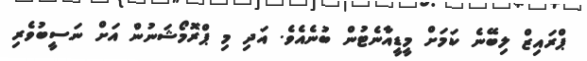
ޕްރައިޒް ލިބޭނެ ކަމަށް މީޑީއާނެޓުން ބުނެއެވެ. އަދި މި ޕްރޮމޯޝަނުން އަށް ނަސީބުވެރި